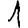
Digit: 1